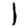
Digit: 1